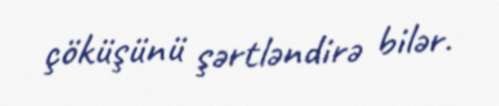
çöküşünü şərtləndirə bilər.